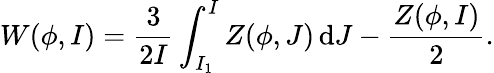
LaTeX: W(\phi,I)=\frac{3}{2I}\int_{I_{1}}^{I}Z(\phi,J)\, \mathrm dJ-\frac{Z(\phi,I)}{2}.